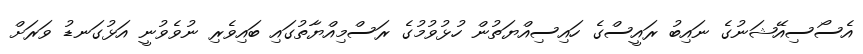
އެސޯސިއޭޝަނުގެ ނައިބު ރައީސްގެ ހައިސިއްޔަތުން ހުޅުވުމުގެ ރަސްމިއްޔާތުގައި ބައިވެރި ނުވެވުނީ އަޅުގަނޑު ވަރަށް